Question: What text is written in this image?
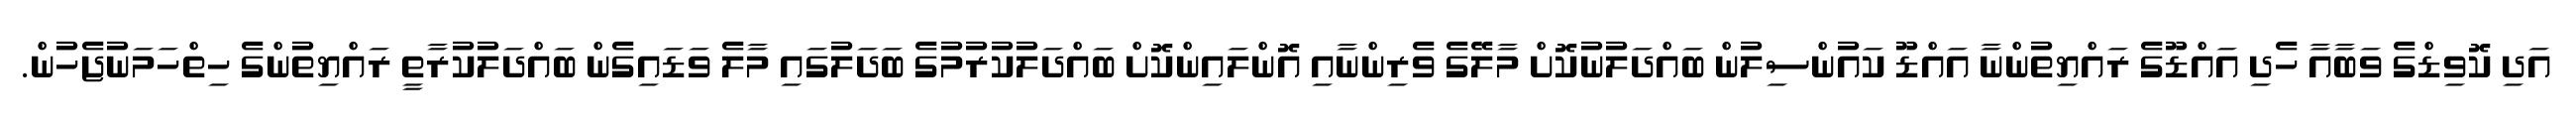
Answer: އަދި ކޮވިޑްގެ ވަބާއާ ހެދި އައްޑޫގެ ރައްޔިތުންނާ އައްޑޫ ކައުންސިލުން ބައްދަލުނުކޮށް މާލޭގެ ވެރިންނާއި އޮންލައިންކޮށް ބައްދަލުކުރުމުގެ ބަދަލުގައި މާލެ ވަޑައިގެން ބައްދަލުކުރާތީ ރައްޔިތުންގެ ހިތްހަމަނުޖެހުން.